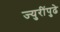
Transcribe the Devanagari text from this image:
ज्युरींपुढे